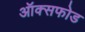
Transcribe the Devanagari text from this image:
ऑक्सफोड